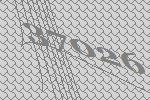
37026